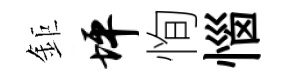
鉅坪恂惱